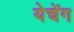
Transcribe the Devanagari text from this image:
येचेंग